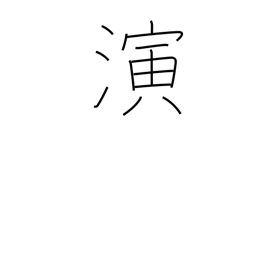
Meaning: act